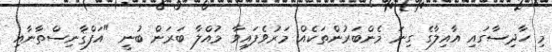
މި ހާދިސާގައި އާއިލާގެ ގިނަ މެންބަރުންތަކެއް މަރުވެފައިވާ މުއްލާ ބަރަން ބުނީ "އަފްޤާނިސްތާނާއި